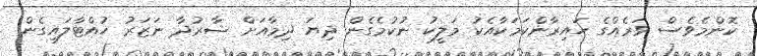
ކޮންމެވެސް ވަރެއްގެ ހައިރާންކަމަކާއެކު މަލީކު ނުކުމެގެން ދިޔަ ދިމާއަށް ޝާރުދާ ނަޒަރު ހުއްޓާލައިގެން